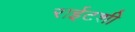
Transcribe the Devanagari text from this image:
राईटशी